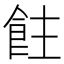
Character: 飳